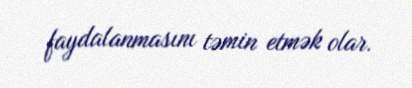
faydalanmasını təmin etmək olar.